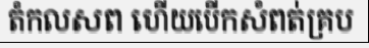
តំកលសព ហើយបើកសំពត់គ្រប